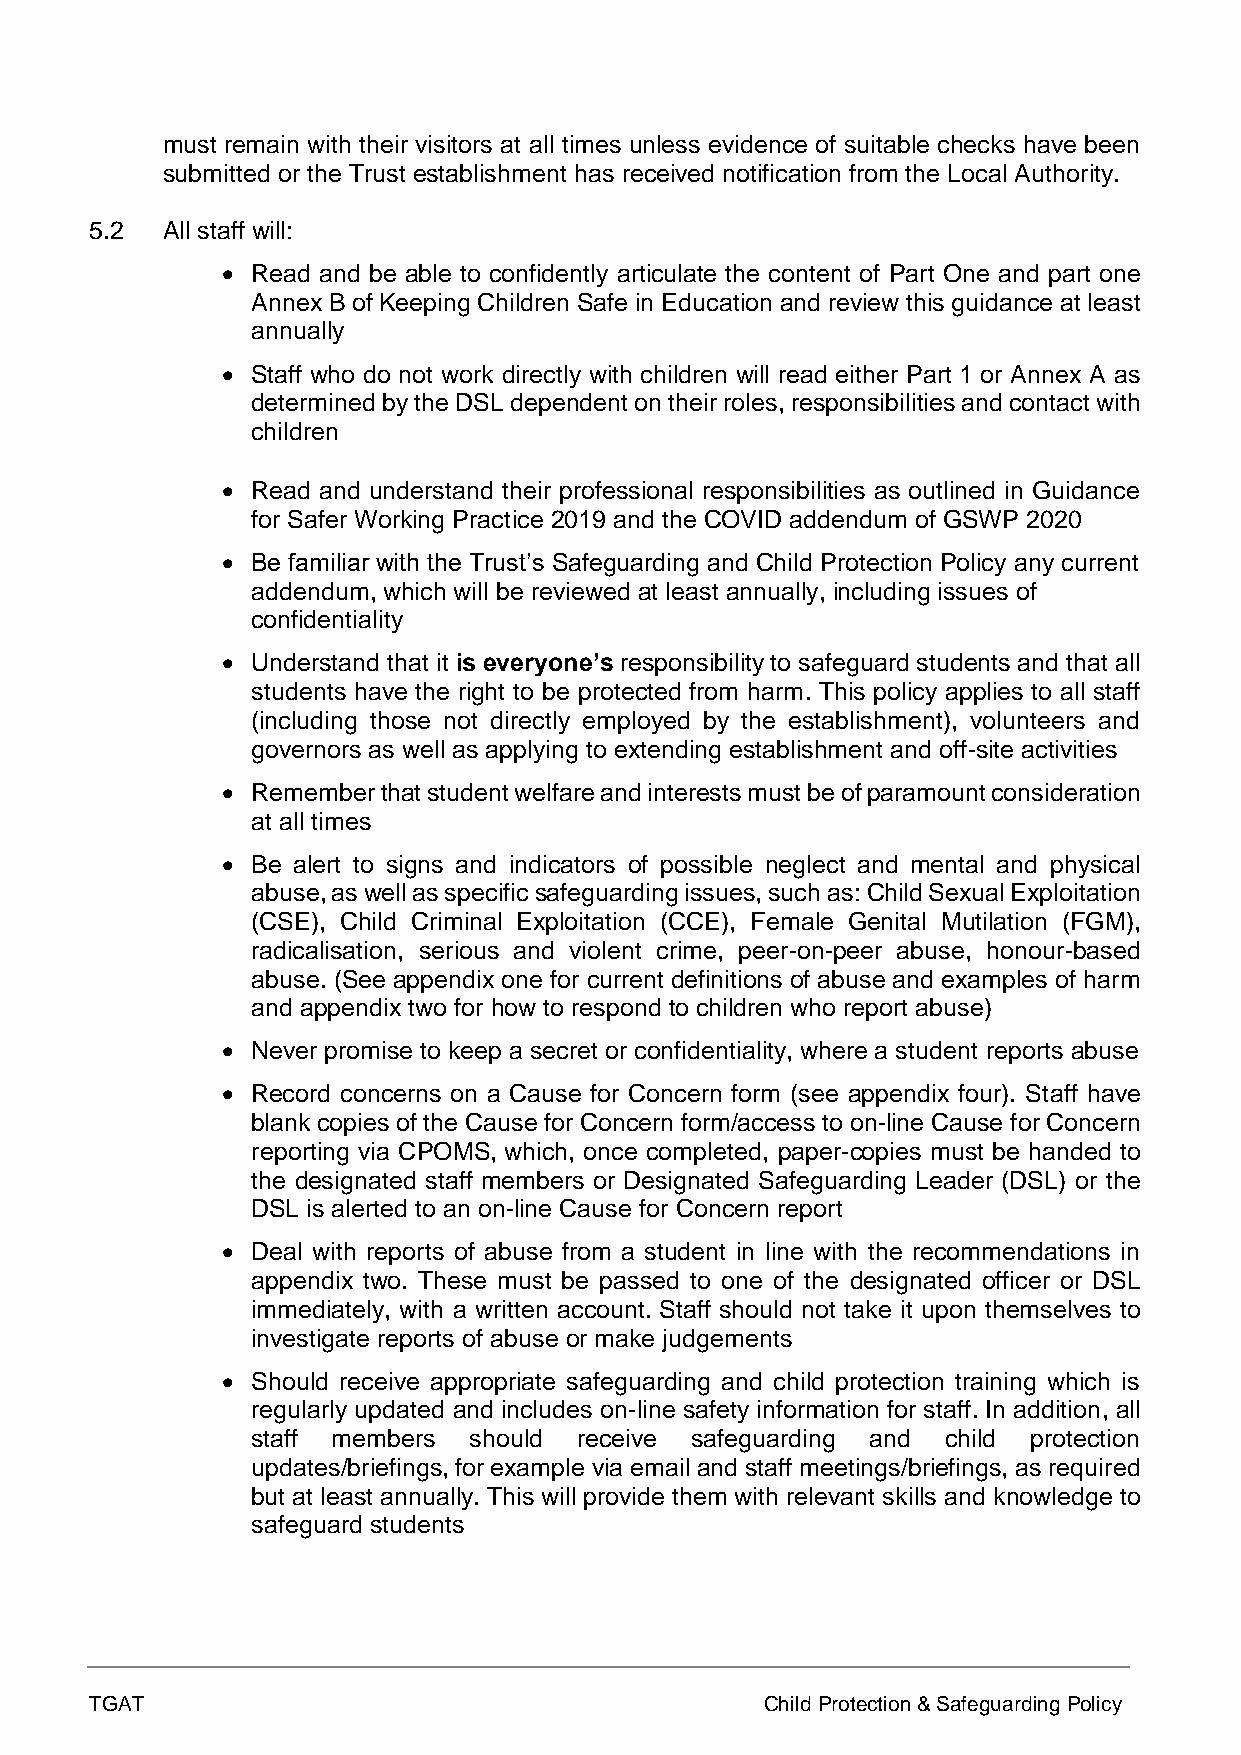
must remain with their visitors at all times unless evidence of suitable checks have been
 submitted or the Trust establishment has received notification from the Local Authority.
 5.2  All staff will:
 • Read and be able to confidently articulate the content of Part One and part one
 Annex B of Keeping Children Safe in Education and review this guidance at least
 annually
 • Staff who do not work directly with children will read either Part 1 or Annex A as
 determined by the DSL dependent on their roles, responsibilities and contact with
 children
 • Read and understand their professional responsibilities as outlined in Guidance
 for Safer Working Practice 2019 and the COVID addendum of GSWP 2020
 • Be familiar with the Trust’s Safeguarding and Child Protection Policy any current
 addendum, which will be reviewed at least annually, including issues of
 confidentiality
 • Understand that it is everyone’s responsibility to safeguard students and that all
 students have the right to be protected from harm. This policy applies to all staff
 (including those not directly employed by the establishment), volunteers and
 governors as well as applying to extending establishment and off-site activities
 • Remember that student welfare and interests must be of paramount consideration
 at all times
 • Be alert to signs and indicators of possible neglect and mental and physical
 abuse, as well as specific safeguarding issues, such as: Child Sexual Exploitation
 (CSE), Child Criminal Exploitation (CCE), Female Genital Mutilation (FGM),
 radicalisation, serious and violent crime, peer-on-peer abuse, honour-based
 abuse. (See appendix one for current definitions of abuse and examples of harm
 and appendix two for how to respond to children who report abuse)
 • Never promise to keep a secret or confidentiality, where a student reports abuse
 • Record concerns on a Cause for Concern form (see appendix four). Staff have
 blank copies of the Cause for Concern form/access to on-line Cause for Concern
 reporting via CPOMS, which, once completed, paper-copies must be handed to
 the designated staff members or Designated Safeguarding Leader (DSL) or the
 DSL is alerted to an on-line Cause for Concern report
 • Deal with reports of abuse from a student in line with the recommendations in
 appendix two. These must be passed to one of the designated officer or DSL
 immediately, with a written account. Staff should not take it upon themselves to
 investigate reports of abuse or make judgements
 • Should receive appropriate safeguarding and child protection training which is
 regularly updated and includes on-line safety information for staff. In addition, all
 staff members should receive safeguarding and child protection
 updates/briefings, for example via email and staff meetings/briefings, as required
 but at least annually. This will provide them with relevant skills and knowledge to
 safeguard students
 TGAT                                         Child Protection & Safeguarding Policy